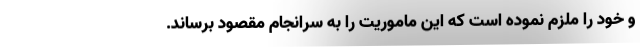
و خود را ملزم نموده است که این ماموریت را به سرانجام مقصود برساند.